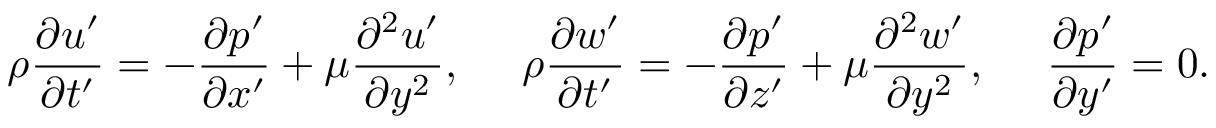
\rho \frac { \partial u ^ { \prime } } { \partial t ^ { \prime } } = - \frac { \partial p ^ { \prime } } { \partial x ^ { \prime } } + \mu \frac { \partial ^ { 2 } u ^ { \prime } } { \partial y ^ { 2 } } , \ \ \ \ \rho \frac { \partial w ^ { \prime } } { \partial t ^ { \prime } } = - \frac { \partial p ^ { \prime } } { \partial z ^ { \prime } } + \mu \frac { \partial ^ { 2 } w ^ { \prime } } { \partial y ^ { 2 } } , \ \ \ \ \frac { \partial p ^ { \prime } } { \partial y ^ { \prime } } = 0 .